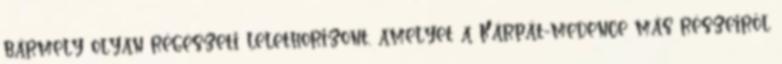
bármely olyan régészeti lelethorizont, amelyet a Kárpát-medence más részeiről